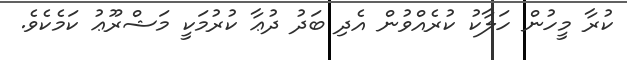
ކުރާ މީހުން ހަލާކު ކުރެއްވުން އެދި ބަދު ދުޢާ ކުރުމަކީ މަޝްރޫޢު ކަމެކެވެ.